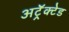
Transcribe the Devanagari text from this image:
अट्रॅक्टेड